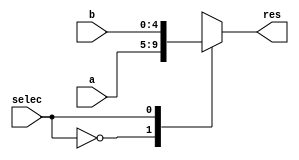
module RS_RD_Mux2_1(
    input [4:0] a,
    input [4:0] b,
    input selec,
    output reg [4:0] res
);

always @*
begin
    
    case (selec)

    1'b0:
    begin
        res = a;
        
    end

    1'b1:
    begin
        res = b;
    end
    endcase

end
endmodule